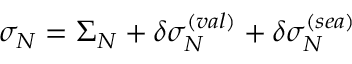
\sigma _ { N } = \Sigma _ { N } + \delta \sigma _ { N } ^ { ( v a l ) } + \delta \sigma _ { N } ^ { ( s e a ) }